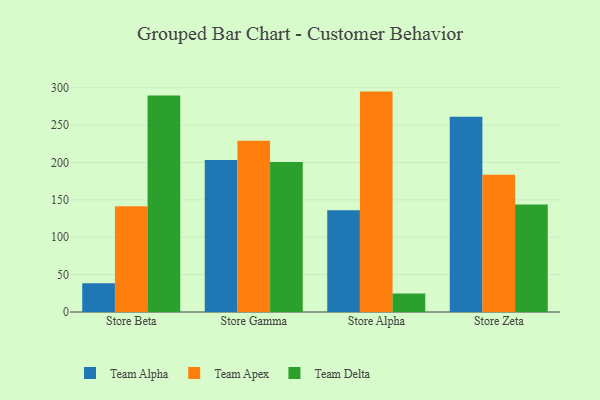
{"axis": {"x": "Store", "y": "Humidity (%)"}, "legend": ["Team Alpha", "Team Apex", "Team Delta"], "data": [{"x": "Store Beta", "y": 38.5, "type": "Team Alpha"}, {"x": "Store Beta", "y": 141.6, "type": "Team Apex"}, {"x": "Store Beta", "y": 289.5, "type": "Team Delta"}, {"x": "Store Gamma", "y": 203.2, "type": "Team Alpha"}, {"x": "Store Gamma", "y": 229.2, "type": "Team Apex"}, {"x": "Store Gamma", "y": 200.8, "type": "Team Delta"}, {"x": "Store Alpha", "y": 136.2, "type": "Team Alpha"}, {"x": "Store Alpha", "y": 294.8, "type": "Team Apex"}, {"x": "Store Alpha", "y": 24.7, "type": "Team Delta"}, {"x": "Store Zeta", "y": 261.3, "type": "Team Alpha"}, {"x": "Store Zeta", "y": 183.5, "type": "Team Apex"}, {"x": "Store Zeta", "y": 143.9, "type": "Team Delta"}]}